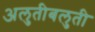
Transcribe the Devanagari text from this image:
अलुतीबलुती